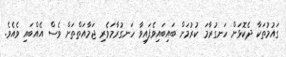
ގައުމުތަކާ ދެކޮޅަށް ހަނގުރާމަ ކުރުމަށް ބައިބައިވެފައިވާ ހަނގުރާމަވެރި ޖަމާއަތްތަށް ވެސް އެއްބައި ވެއެވެ.